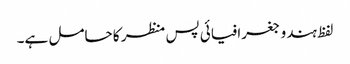
لفظ ہندو جغرافیائی پس منظر کا حامل ہے۔